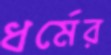
ধর্মের